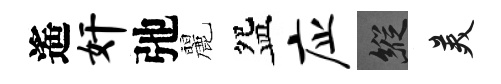
遙奸弛麗盌应縱美